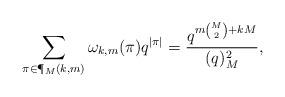
LaTeX: \begin{align*}\sum_{\pi\in \P_M(k,m)} \omega_{k,m}(\pi) q^{|\pi|} = \frac{q^{m{M\choose2}+kM}}{(q)_M^2},\end{align*}